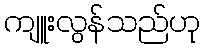
ကျူးလွန်သည်ဟု